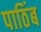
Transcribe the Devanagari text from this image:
पाठिंब